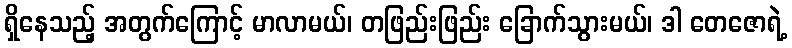
ရှိနေသည့် အတွက်ကြောင့် မာလာမယ်၊ တဖြည်းဖြည်း ခြောက်သွားမယ်၊ ဒါ တေဇောရဲ့